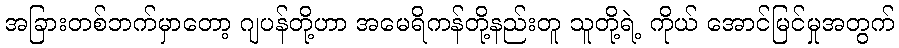
အခြားတစ်ဘက်မှာတော့ ဂျပန်တို့ဟာ အမေရိကန်တို့နည်းတူ သူတို့ရဲ့ ကိုယ် အောင်မြင်မှုအတွက်